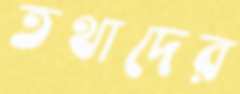
তথাদের